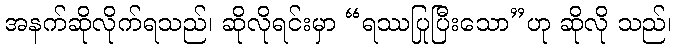
အနက်ဆိုလိုက်ရသည်၊ ဆိုလိုရင်းမှာ “ရဿပြုပြီးသော”ဟု ဆိုလို သည်၊